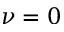
\nu = 0